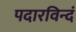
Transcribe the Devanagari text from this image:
पदारविन्दं